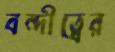
বন্দীত্বের